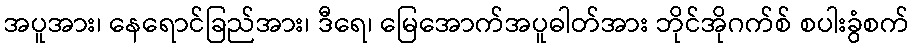
အပူအား၊ နေရောင်ခြည်အား၊ ဒီရေ၊ မြေအောက်အပူဓါတ်အား ဘိုင်အိုဂက်စ် စပါးခွံစက်